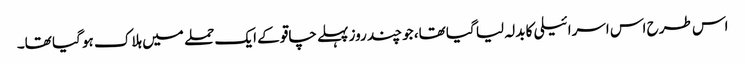
اس طرح اس اسرائیلی کا بدلہ لیا گیا تھا، جو چند روز پہلے چاقو کے ایک حملے میں ہلاک ہو گیا تھا۔